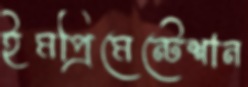
ইমপ্রিমেন্টেশান